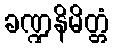
ခဏ္ဍနိမိတ္တံ